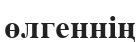
өлгеннің